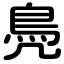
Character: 鳧